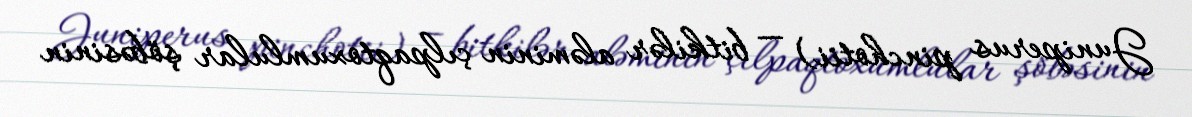
Juniperus pinchotii) — bitkilər aləminin çılpaqtoxumlular şöbəsinin